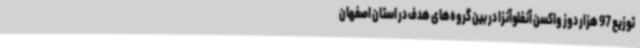
توزیع 97 هزار دوز واکسن آنفلوآنزا در بین گروه‌های هدف در استان اصفهان